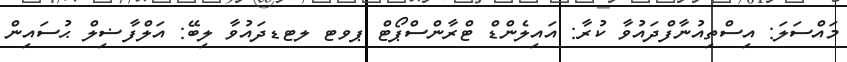
މައްސަލަ: އިސްތިއުނާފްދައުވާ ކުރާ: އައިލެންޑް ޓްރާންސްޕޯޓް ޕވޓ ލޓޑދައުވާ ލިބޭ: އަލްފާޟިލް ޙުސައިން